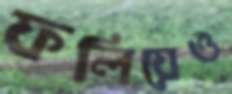
ফলিয়েও